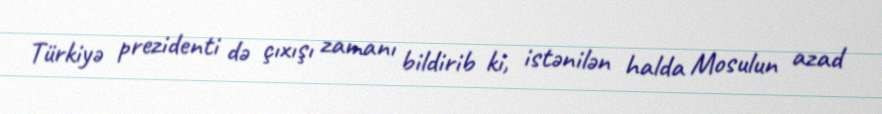
Türkiyə prezidenti də çıxışı zamanı bildirib ki, istənilən halda Mosulun azad